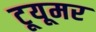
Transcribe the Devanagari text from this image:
टूयूमर